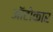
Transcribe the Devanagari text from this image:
ऑटोकार